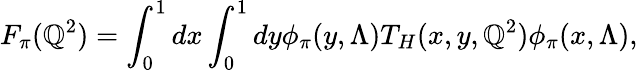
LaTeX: F_{\pi}(\mathbb{Q}^{2})=\int_{0}^{1}dx\int_{0}^{1}dy\phi_{\pi}(y,\Lambda)T_{H}(x,y,\mathbb{Q}^{2})\phi_{\pi}(x,\Lambda),